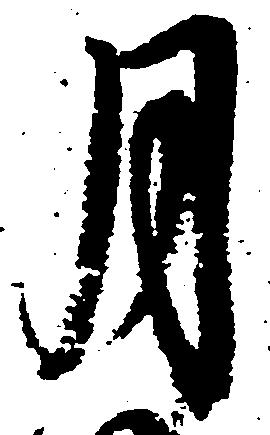
月